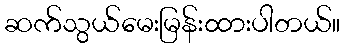
ဆက်သွယ်မေးမြန်းထားပါတယ်။